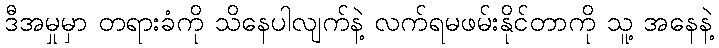
ဒီအမှုမှာ တရားခံကို သိနေပါလျက်နဲ့ လက်ရမဖမ်းနိုင်တာကို သူ့ အနေနဲ့